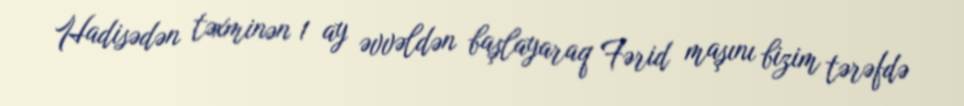
Hadisədən təxminən 1 ay əvvəldən başlayaraq Fərid maşını bizim tərəfdə